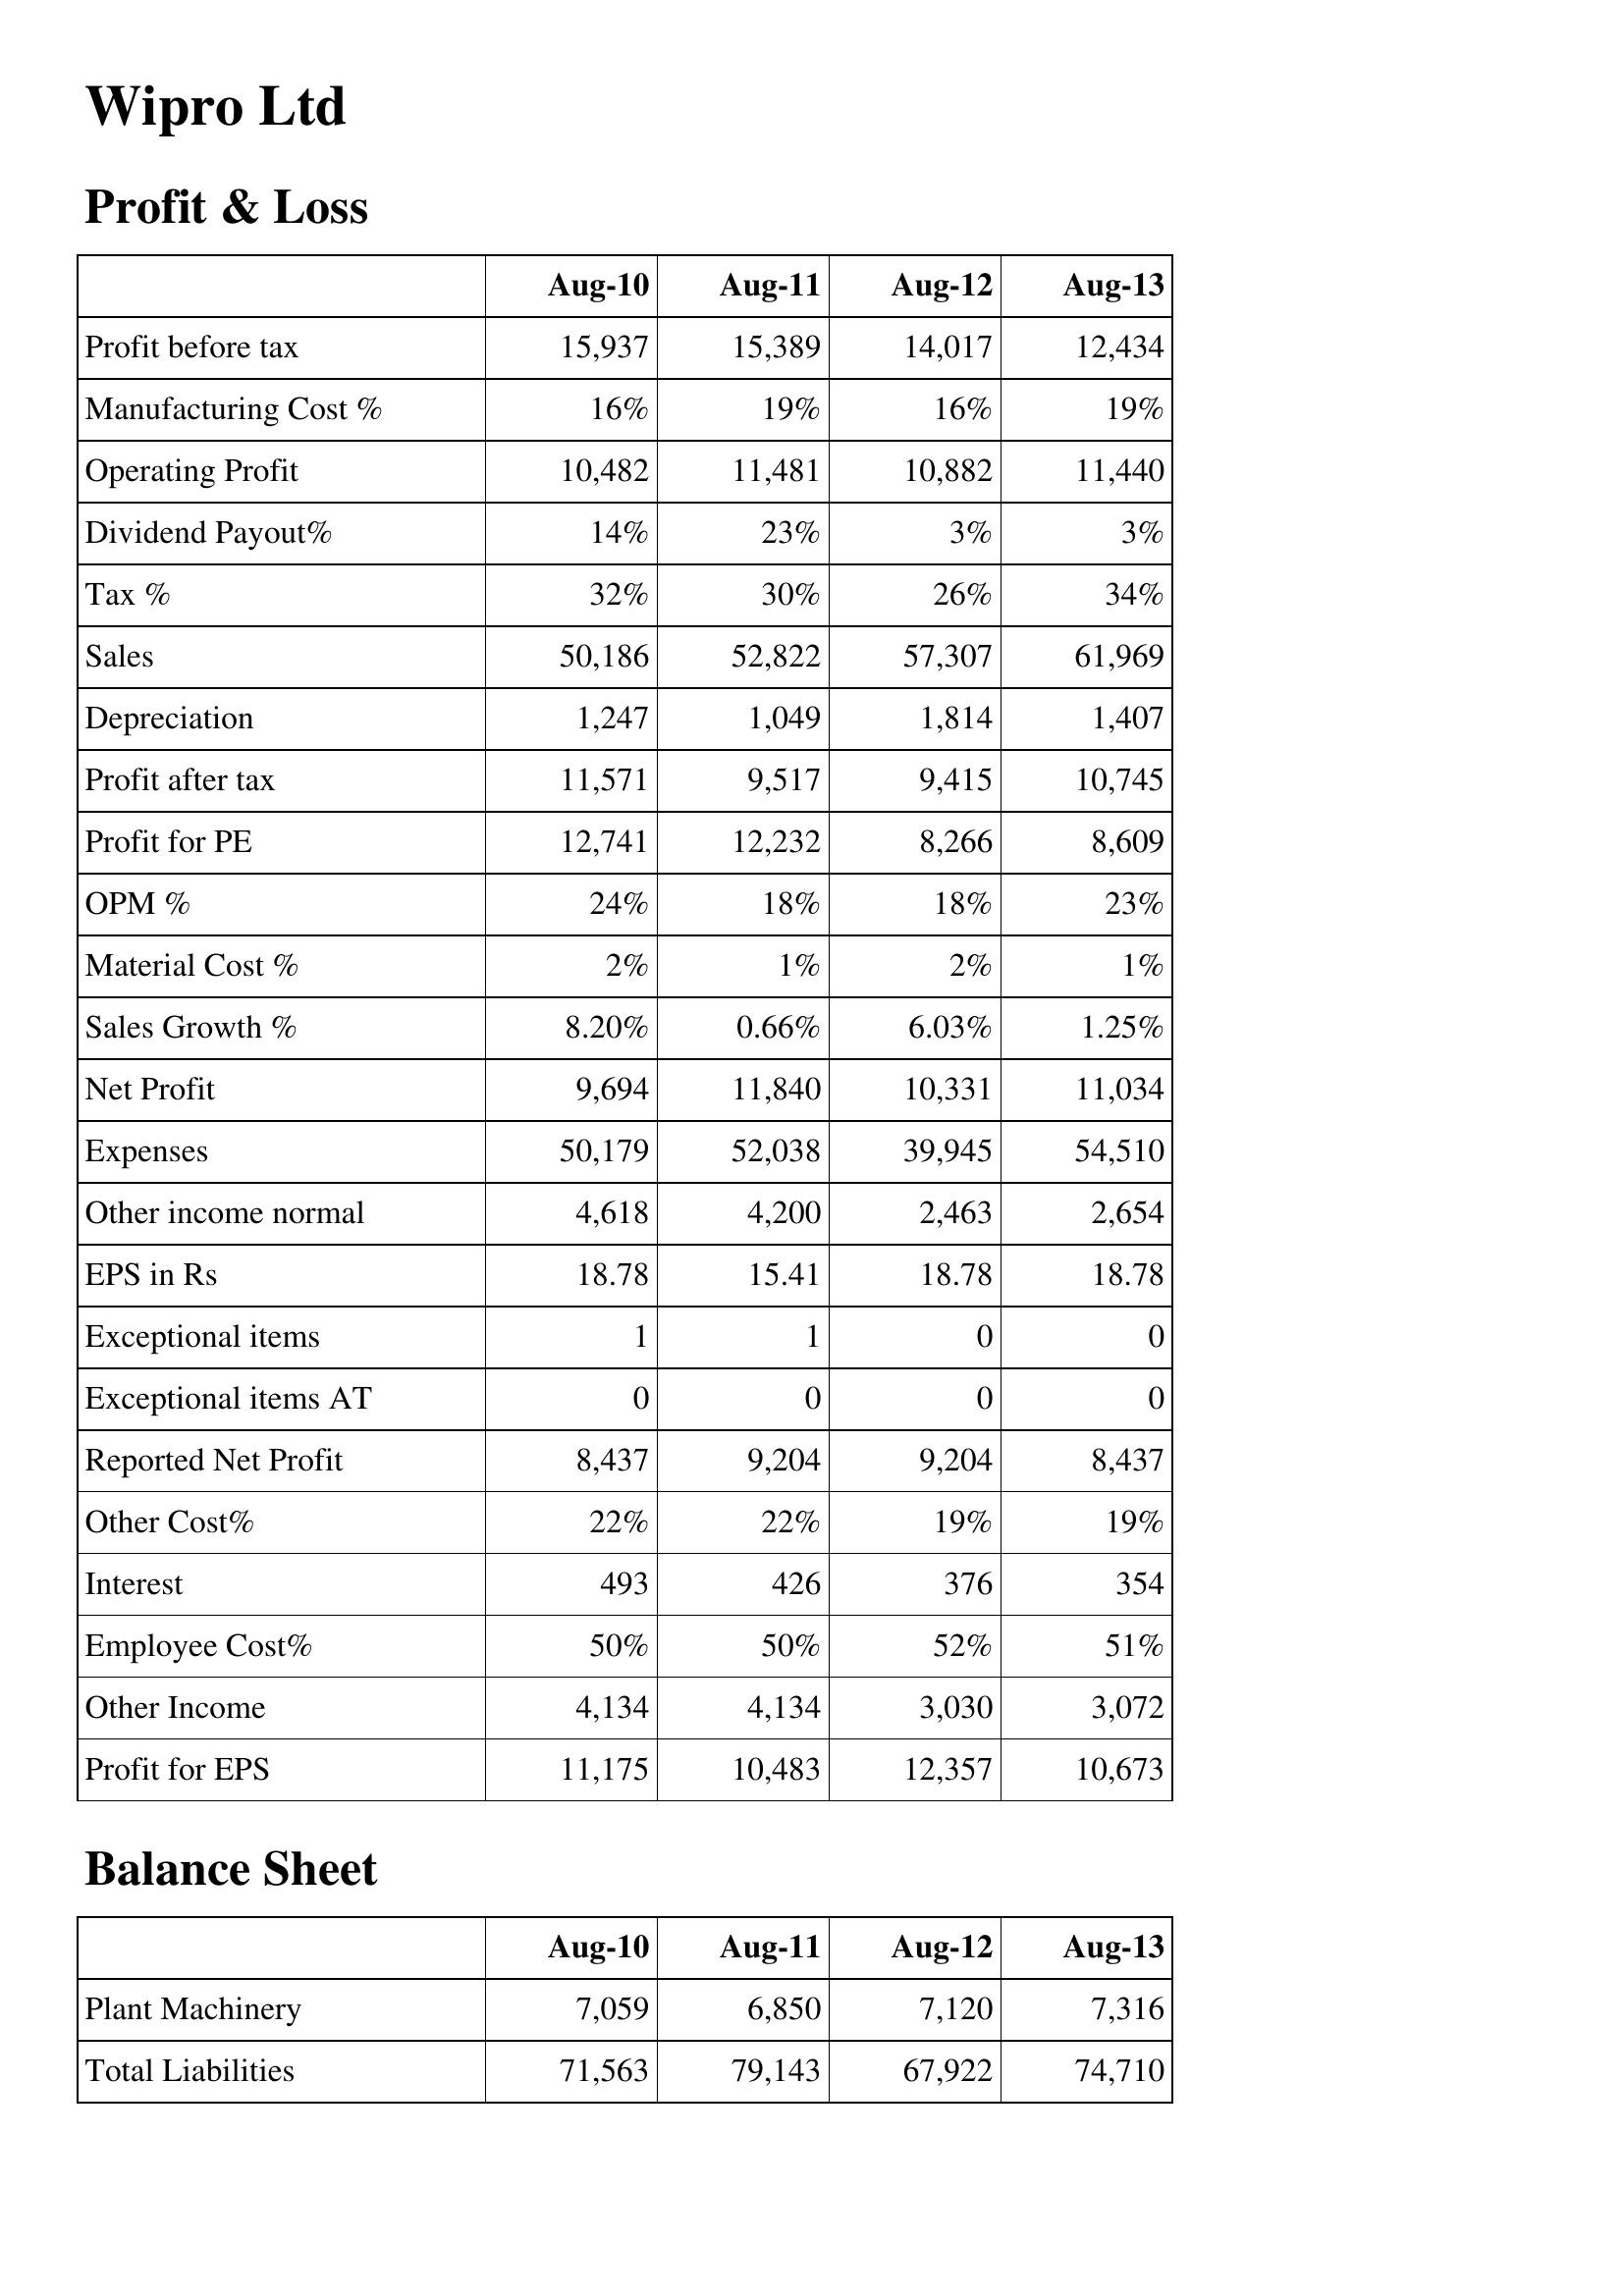
Aug-10: Profit & Loss: Profit before tax: 15,937
Manufacturing Cost %: 16%
Operating Profit: 10,482
Dividend Payout%: 14%
Tax %: 32%
Sales: 50,186
Depreciation: 1,247
Profit after tax: 11,571
Profit for PE: 12,741
OPM %: 24%
Material Cost %: 2%
Sales Growth %: 8.20%
Net Profit: 9,694
Expenses: 50,179
Other income normal: 4,618
EPS in Rs: 18.78
Exceptional items: 1
Exceptional items AT: 0
Reported Net Profit: 8,437
Other Cost%: 22%
Interest: 493
Employee Cost%: 50%
Other Income: 4,134
Profit for EPS: 11,175
Balance Sheet: Plant Machinery: 7,059
Total Liabilities: 71,563
Aug-11: Profit & Loss: Profit before tax: 15,389
Manufacturing Cost %: 19%
Operating Profit: 11,481
Dividend Payout%: 23%
Tax %: 30%
Sales: 52,822
Depreciation: 1,049
Profit after tax: 9,517
Profit for PE: 12,232
OPM %: 18%
Material Cost %: 1%
Sales Growth %: 0.66%
Net Profit: 11,840
Expenses: 52,038
Other income normal: 4,200
EPS in Rs: 15.41
Exceptional items: 1
Exceptional items AT: 0
Reported Net Profit: 9,204
Other Cost%: 22%
Interest: 426
Employee Cost%: 50%
Other Income: 4,134
Profit for EPS: 10,483
Balance Sheet: Plant Machinery: 6,850
Total Liabilities: 79,143
Aug-12: Profit & Loss: Profit before tax: 14,017
Manufacturing Cost %: 16%
Operating Profit: 10,882
Dividend Payout%: 3%
Tax %: 26%
Sales: 57,307
Depreciation: 1,814
Profit after tax: 9,415
Profit for PE: 8,266
OPM %: 18%
Material Cost %: 2%
Sales Growth %: 6.03%
Net Profit: 10,331
Expenses: 39,945
Other income normal: 2,463
EPS in Rs: 18.78
Exceptional items: 0
Exceptional items AT: 0
Reported Net Profit: 9,204
Other Cost%: 19%
Interest: 376
Employee Cost%: 52%
Other Income: 3,030
Profit for EPS: 12,357
Balance Sheet: Plant Machinery: 7,120
Total Liabilities: 67,922
Aug-13: Profit & Loss: Profit before tax: 12,434
Manufacturing Cost %: 19%
Operating Profit: 11,440
Dividend Payout%: 3%
Tax %: 34%
Sales: 61,969
Depreciation: 1,407
Profit after tax: 10,745
Profit for PE: 8,609
OPM %: 23%
Material Cost %: 1%
Sales Growth %: 1.25%
Net Profit: 11,034
Expenses: 54,510
Other income normal: 2,654
EPS in Rs: 18.78
Exceptional items: 0
Exceptional items AT: 0
Reported Net Profit: 8,437
Other Cost%: 19%
Interest: 354
Employee Cost%: 51%
Other Income: 3,072
Profit for EPS: 10,673
Balance Sheet: Plant Machinery: 7,316
Total Liabilities: 74,710